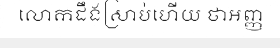
លោកដឹងស្រាប់ហើយ ថាអញ្ញ